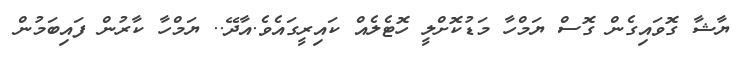
ޔާޝާ ގޮވައިގެން ގޮސް ޔަމްހާ މަޑުކޮށްލީ ހޮޓެލެއް ކައިރީގައެވެ.އާދޭ.. ޔަމްހާ ކާރުން ފައިބަމުން